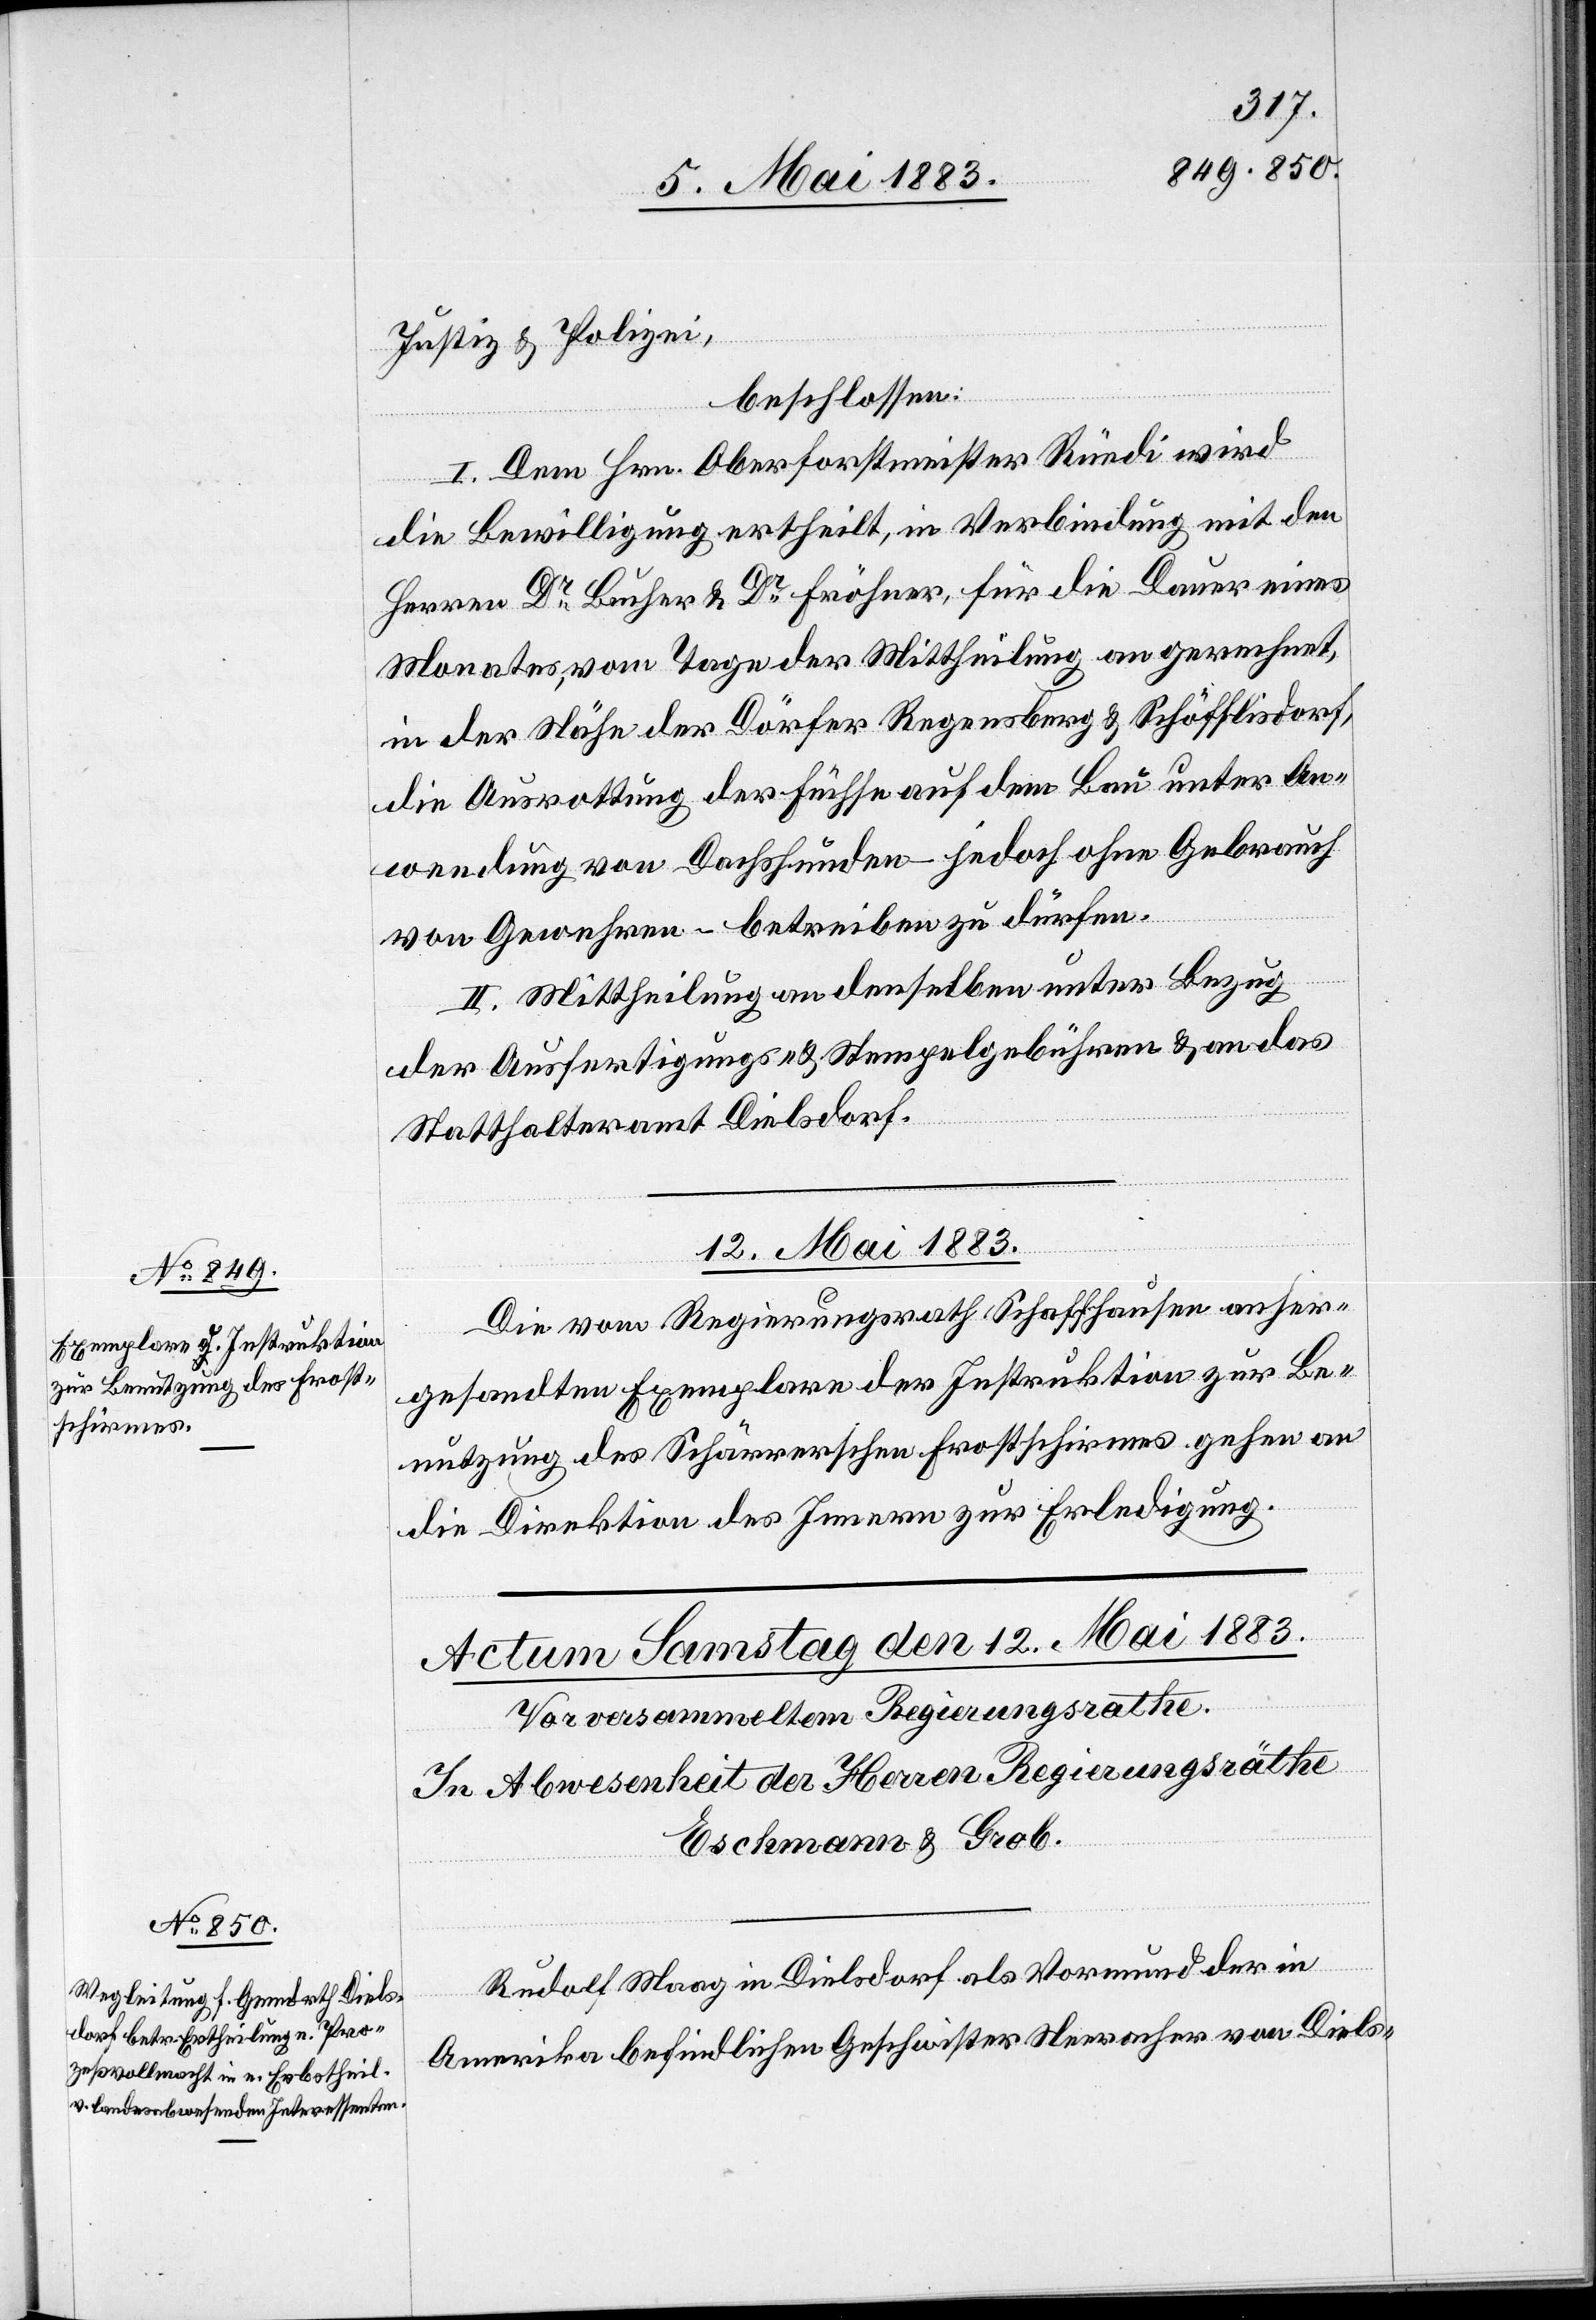
Justiz & Polizei,
beschlossen:
I. Dem Hrn. Oberforstmeister Rüedi wird
die Bewilligung ertheilt, in Verbindung mit den
Herren Dr Bucher & Dr Fröhner, für die Dauer eines
Monates, vom Tage der Mittheilung an gerechnet,
in der Nähe der Dörfer Regensberg & Schöfflisdorf,
die Ausrottung der Füchse auf dem Bau unter An¬
wendung von Dachshunden – jedoch ohne Gebrauch
von Gewehren – betreiben zu dürfen.
II. Mittheilung an denselben unter Bezug
der Ausfertigungs- und Stempelgebühren & an das
Statthalteramt Dielsdorf.
12. Mai 1883.
Die vom Regierungsrath Schaffhausen anher¬
gesandten Exemplare der Instruktion zur Be¬
nutzung des Schärrerschen Frostschirmes gehen an
die Direktion des Innern zur Erledigung.
Rudolf Maag in Dielsdorf als Vormund der in
Amerika befindlichen Geschwister Neeracher von Diels-